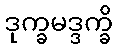
ဒုက္ခမဒ္ဒက္ခိ